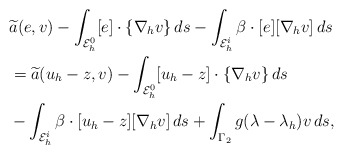
\begin{align*}& \widetilde{a}(e,v) - \int_{{\cal E}_h^0} [e]\cdot\{\nabla_h v\}\, ds - \int_{{\cal E}_h^i}\beta \cdot[e] [\nabla_h v]\, ds\\&=\widetilde{a}(u_h-z, v) -\int_{{\cal E}_h^0} [u_h-z]\cdot\{\nabla_h v\}\, ds\\ &{}- \int_{{\cal E}_h^i}\beta \cdot[u_h-z] [\nabla_h v]\, ds + \int_{\Gamma_2}g(\lambda-\lambda_h)v\,ds,\end{align*}